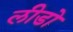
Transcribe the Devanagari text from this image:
लीडो